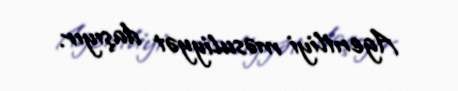
Agentliyi məsuliyyət daşıyır.